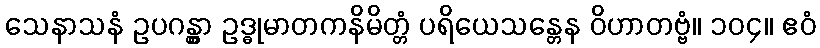
သေနာသနံ ဥပဂန္တွာ ဥဒ္ဓုမာတကနိမိတ္တံ ပရိယေသန္တေန ဝိဟာတဗ္ဗံ။ ၁၀၄။ ဧဝံ